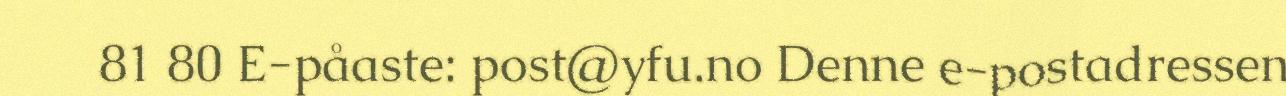
81 80 E-påaste: post@yfu.no Denne e-postadressen